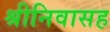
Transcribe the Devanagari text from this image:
श्रीनिवासह